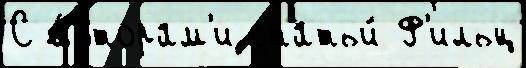
С а́вторам'и статьи́ Ф'ильц